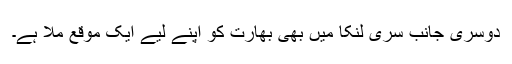
دوسری جانب سری لنکا میں بھی بھارت کو اپنے لیے ایک موقع ملا ہے۔